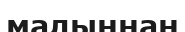
малыңнан